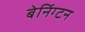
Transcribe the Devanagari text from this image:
बेनिंग्टन